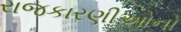
રાજકારણીઓનો